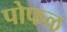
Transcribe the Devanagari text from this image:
पोफळ